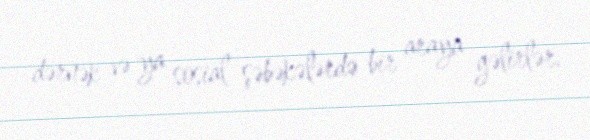
dərnək və ya sosial şəbəkələrdə bir araya gəlirlər.